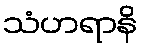
သံဟရာနိ